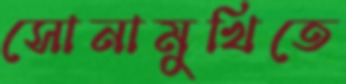
সোনামুখিতে